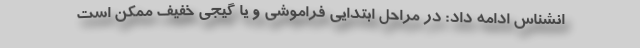
انشناس ادامه داد: در مراحل ابتدایی فراموشی و یا گیجی خفیف ممکن است